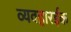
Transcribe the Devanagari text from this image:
व्यवहारईक